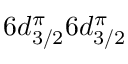
6 d _ { 3 / 2 } ^ { \pi } 6 d _ { 3 / 2 } ^ { \pi }